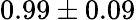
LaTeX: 0.99\pm 0.09